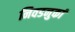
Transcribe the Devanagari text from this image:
निवडनुकां